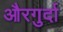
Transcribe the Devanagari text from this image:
औरगुर्दा